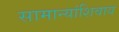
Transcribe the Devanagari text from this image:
सामान्यांशिवाय